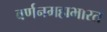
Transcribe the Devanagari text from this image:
वर्णनमहाभारत